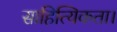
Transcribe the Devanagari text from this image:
साहित्यिकता।